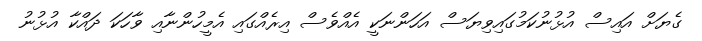
ގެޔަށް އައިސް އުޅުނުކަމުގައިވިޔަސް އަހަންނަކީ އެއްވެސް އިރެއްގައި އެމީހުންނާއި ވާހަކަ ދައްކާ އުޅުނު